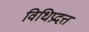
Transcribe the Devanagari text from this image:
विधिप्रदत्त